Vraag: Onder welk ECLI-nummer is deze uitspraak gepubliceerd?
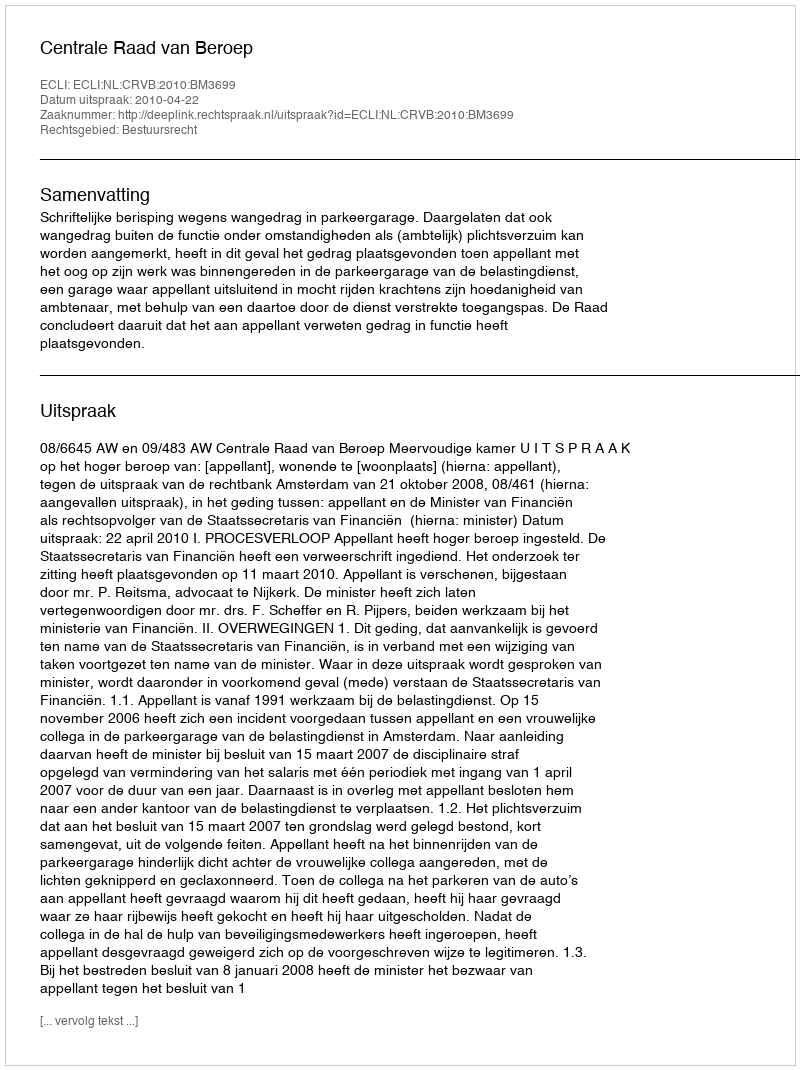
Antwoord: ECLI:NL:CRVB:2010:BM3699